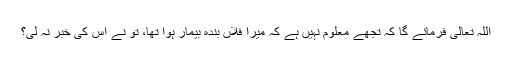
اللہ تعالیٰ فرمائے گا کہ تجھے معلوم نہیں ہے کہ میرا فلاں بندہ بیمار ہوا تھا، تو نے اس کی خبر نہ لی؟